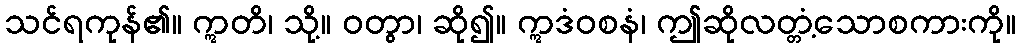
သင်ရကုန်၏။ ဣတိ၊ သို့။ ဝတွာ၊ ဆို၍။ ဣဒံဝစနံ၊ ဤဆိုလတ္တံ့သောစကားကို။